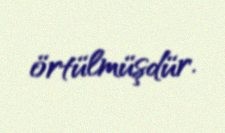
örtülmüşdür.